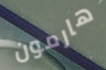
هارمون